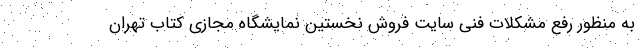
به منظور رفع مشکلات فنی سایت فروش نخستین نمایشگاه مجازی کتاب تهران